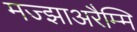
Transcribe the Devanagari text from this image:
मज्झाअरैम्मि